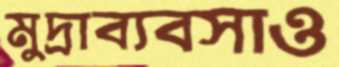
মুদ্রাব্যবসাও